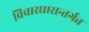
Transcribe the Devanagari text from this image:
विचारधारान्तर्गत